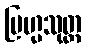
ဗြဟ္မသုတ္တ